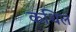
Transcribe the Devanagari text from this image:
कथिल